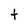
Character: t